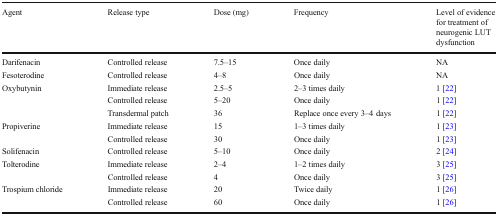
| Agent | Release type | Dose (mg) | Frequency | Level of evidence for treatment of neurogenic LUT dysfunction |
 | --- | --- | --- | --- | --- |
 | Darifenacin | Controlled release | 7.5–15 | Once daily | NA |
 | Fesoterodine | Controlled release | 4–8 | Once daily | NA |
 | <ROWSPAN=3> Oxybutynin | Immediate release | 2.5–5 | 2–3 times daily | 1 [22] |
 | Controlled release | 5–20 | Once daily | 1 [22] |
 | Transdermal patch | 36 | Replace once every 3–4 days | 1 [22] |
 | <ROWSPAN=2> Propiverine | Immediate release | 15 | 1–3 times daily | 1 [23] |
 | Controlled release | 30 | Once daily | 1 [23] |
 | Solifenacin | Controlled release | 5–10 | Once daily | 2 [24] |
 | <ROWSPAN=2> Tolterodine | Immediate release | 2–4 | 1–2 times daily | 3 [25] |
 | Controlled release | 4 | Once daily | 3 [25] |
 | <ROWSPAN=2> Trospium chloride | Immediate release | 20 | Twice daily | 1 [26] |
 | Controlled release | 60 | Once daily | 1 [26] |